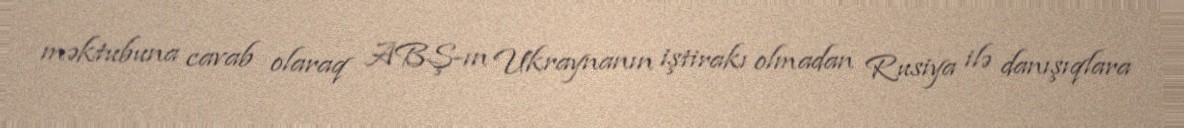
məktubuna cavab olaraq ABŞ-ın Ukraynanın iştirakı olmadan Rusiya ilə danışıqlara